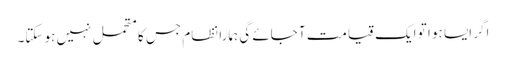
اگر ایسا ہو ا تو ایک قیامت آ جائے گی ہمارا نظام جس کامتحمل نہیں ہو سکتا۔